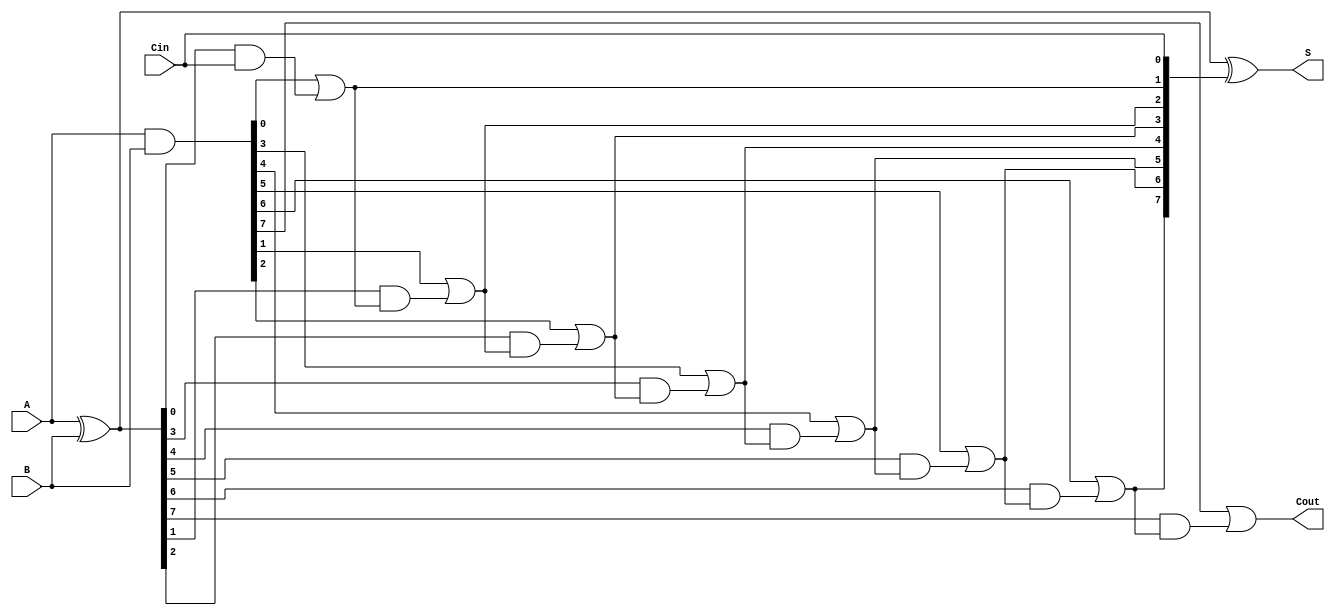
module brent_kung_adder #(parameter n = 8) (
    input  [n-1:0] A,      // First n-bit input
    input  [n-1:0] B,      // Second n-bit input
    input          Cin,     // Carry-in
    output [n-1:0] S,      // n-bit sum output
    output         Cout     // Carry-out
);

    // Intermediate signals for propagate and generate
    wire [n-1:0] P; // Propagate signals
    wire [n-1:0] G; // Generate signals
    wire [n:0] C;   // Carry signals

    // Compute propagate and generate signals
    assign P = A ^ B; // P[i] = A[i] XOR B[i]
    assign G = A & B; // G[i] = A[i] AND B[i]

    // Carry generation
    assign C[0] = Cin; // Initial carry-in
    genvar i;
    generate
        for (i = 0; i < n; i = i + 1) begin : carry_generation
            if (i == 0) begin
                assign C[1] = G[0] | (P[0] & C[0]); // C[1] = G[0] + (P[0] * C[0])
            end else begin
                assign C[i + 1] = G[i] | (P[i] & C[i]); // C[i + 1] = G[i] + (P[i] * C[i])
            end
        end
    endgenerate

    // Final carry-out
    assign Cout = C[n]; // Carry-out is the last carry

    // Sum calculation
    assign S = P ^ C[n-1:0]; // S[i] = P[i] XOR C[i]

endmodule